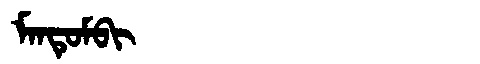
Manchu: ᠮᠠᠨᡨᡠᠮᠪᡳ
Romanization: MANTUMBI